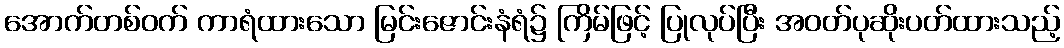
အောက်တစ်ဝက် ကာရံထားသော မြင်းဇောင်းနံရံ၌ ကြိမ်ဖြင့် ပြုလုပ်ပြီး အဝတ်ပုဆိုးပတ်ထားသည့်